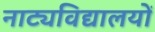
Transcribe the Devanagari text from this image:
नाट्यविद्यालयों